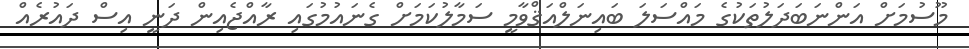
މޫސުމަށް އަންނަބަދަލުތަކުގެ މައްސަލަ ބައިނަލްއަޤްވާމީ ސަމާލުކަމަށް ގެނައުމުގައި ރާއްޖެއިން ދަނީ އިސް ދައުރެއް